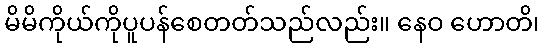
မိမိကိုယ်ကိုပူပန်စေတတ်သည်လည်း။ နေဝ ဟောတိ၊